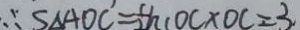
\therefore S _ { \Delta A O C ^ { \prime } } = \frac { 1 } { 2 } h _ { 1 } O C \times O C = 3